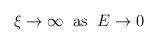
LaTeX: \begin{align*}\xi \rightarrow \infty \; \; \mbox{as} \; \; E \rightarrow 0\end{align*}